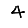
Digit: 4